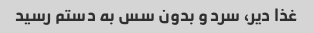
غذا دیر، سرد و بدون سس به دستم رسید